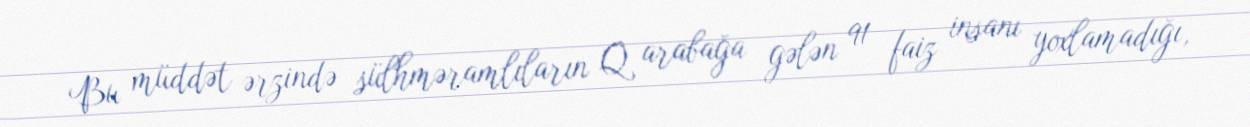
Bu müddət ərzində sülhməramlıların Q arabağa gələn 91 faiz insanı yoxlamadığı,